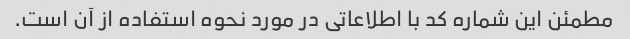
مطمئن این شماره کد با اطلاعاتی در مورد نحوه استفاده از آن است.